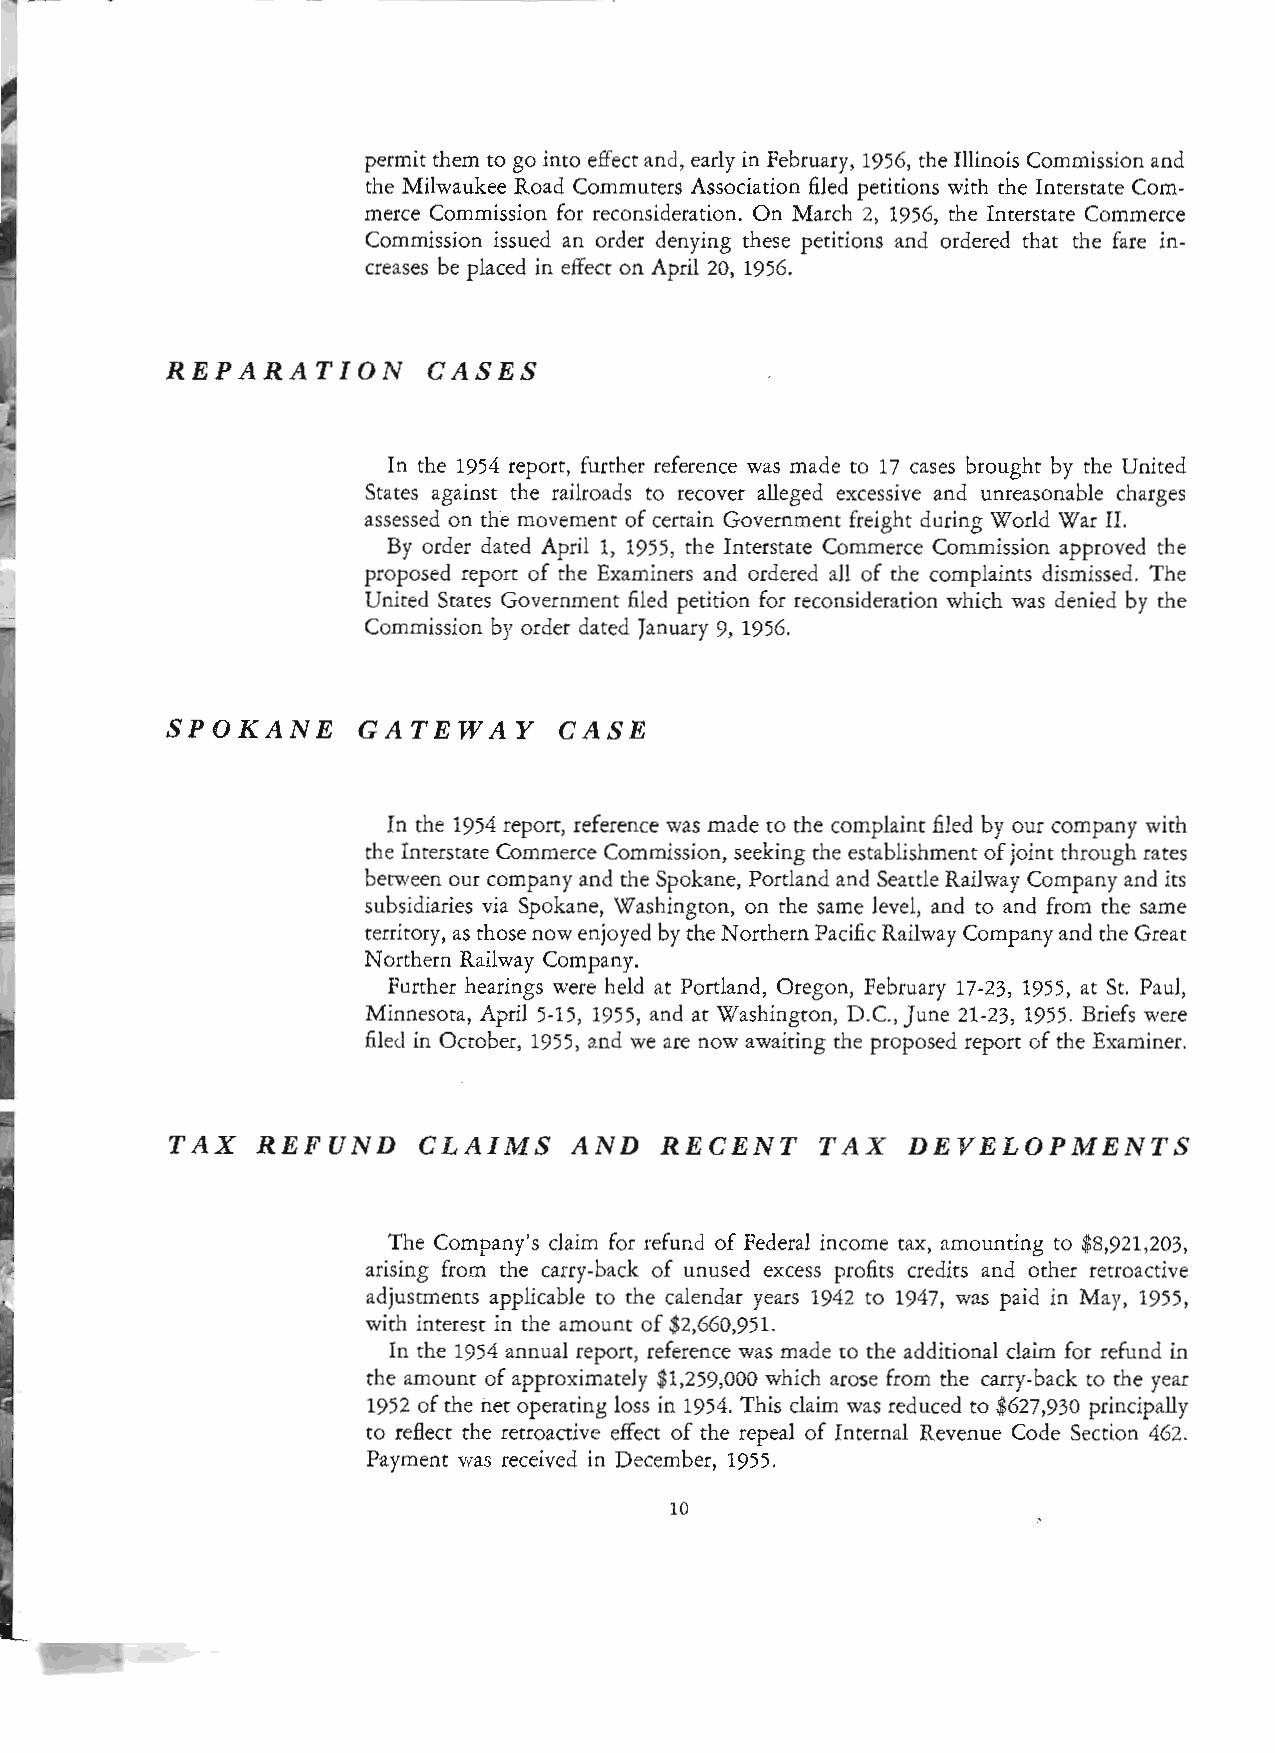
permit them to go into effect and, early in February, 1956, the Illinois Commission and
 the Milwaukee Road Commuters Association filed petitions with the Interstate Com
 merce Commission for reconsideration. On March 2, 1956, the Interstate Commerce
 Commission issued an order denying these petitions and ordered that the fare in
 creases be placed in effect on April 20, 1956.
 REPARATION       CASES
 In the 1954 report, further reference was made to 17 cases brought by the United
 States against the railroads to recover alleged excessive and unreasonable charges
 assessed on the movement of certain Government freight during World War II.
 By order dated April 1, 1955, the Interstate Commerce Commission approved the
 proposed report of the Examiners and ordered all of the complaints dismissed. The
 United States Government filed petition for reconsideration which was denied by the
 Commission by order dated January 9, 1956.
 SPOKANE      GATEWAY      CASE
 In the 1954 report, reference was made to the complaint filed by our company with
 the Interstate Commerce Commission, seeking the establishment of joint through rates
 between our company and the Spokane, Portland and Seattle Railway Company and its
 subsidiaries via Spokane, Washington, on the same level, and to and from the same
 territory, as those now enjoyed by the Northern Pacific Railway Company and the Great
 Northern Railway Company.
 Further hearings were held at Portland, Oregon, February 17-23, 1955, at St. Paul,
 Minnesota, April 5-15, 1955, and at Washington, D.C., June 21-23, 1955. Briefs were
 filed in October, 1955, and we are now awaiting the proposed report of the Examiner.
 TAX   REFUND     CLAIMS    AND   RECENT    TAX   DEVELOPMENTS
 The Company's claim for refund of Federal income tax, amounting to $8,921,203,
 arising from the carry-back of unused excess profits credits and other retroactive
 adjustments applicable to the calendar years 1942 to 1947, was paid in May, 1955,
 with interest in the amount of $2,660,951.
 In the 1954 annual report, reference was made to the additional claim for refund in
 the amount of approximately $1,259,000 which arose from the carry-back to the year
 1952 of the net operating loss in 1954. This claim was reduced to $627,930 principally
 to reflect the retroactive effect of the repeal of Internal Revenue Code Section 462.
 Payment was received in December, 1955.
 10